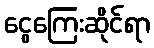
ငွေကြေးဆိုင်ရာ